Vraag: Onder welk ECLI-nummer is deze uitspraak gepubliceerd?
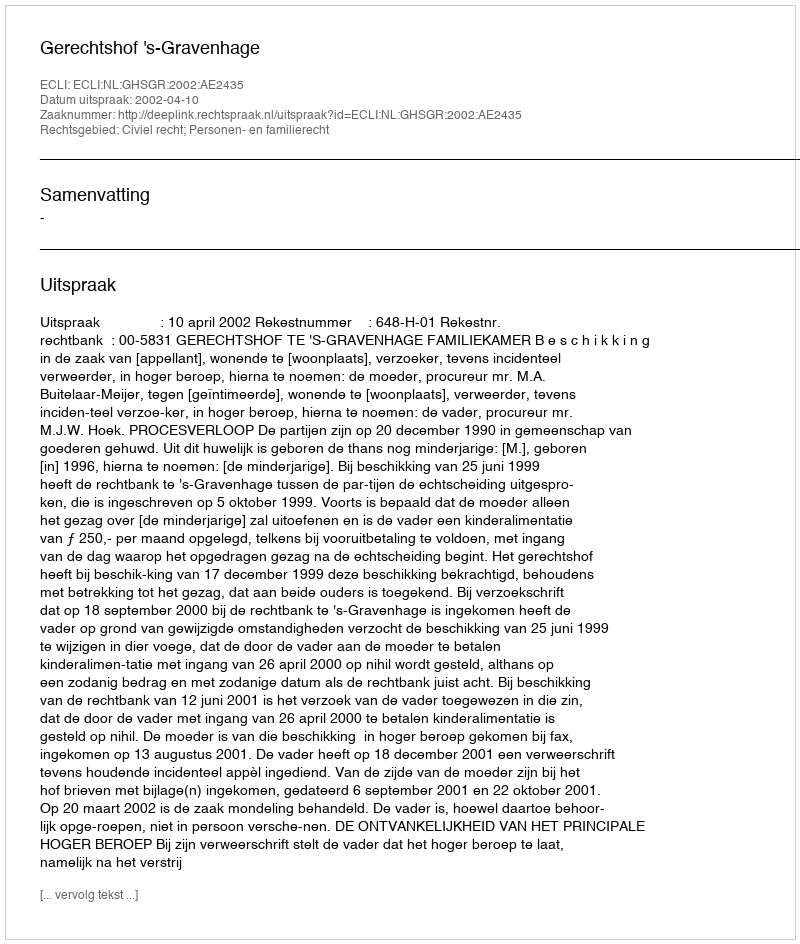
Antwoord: ECLI:NL:GHSGR:2002:AE2435